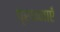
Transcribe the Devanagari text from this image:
प्रथनाएँ